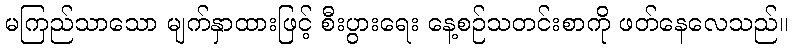
မကြည်သာသော မျက်နှာထားဖြင့် စီးပွားရေး နေ့စဉ်သတင်းစာကို ဖတ်နေလေသည်။